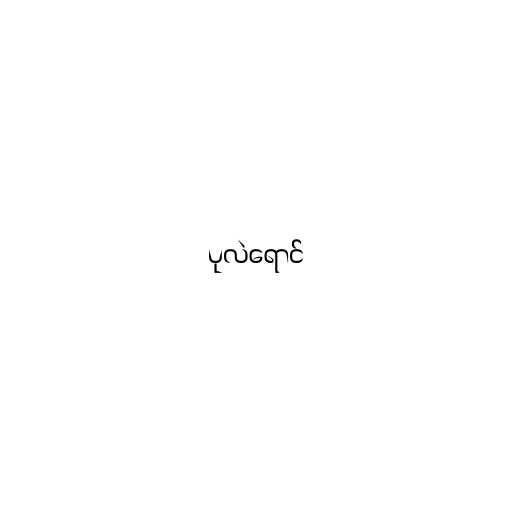
ပုလဲရောင်